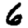
Digit: 6